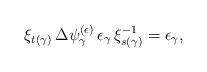
LaTeX: \begin{align*}\xi_{t(\gamma)} \, \Delta \psi_{\gamma}^{(\epsilon)} \, \epsilon_{\gamma} \, \xi_{s(\gamma)}^{-1} = \epsilon_{\gamma},\end{align*}